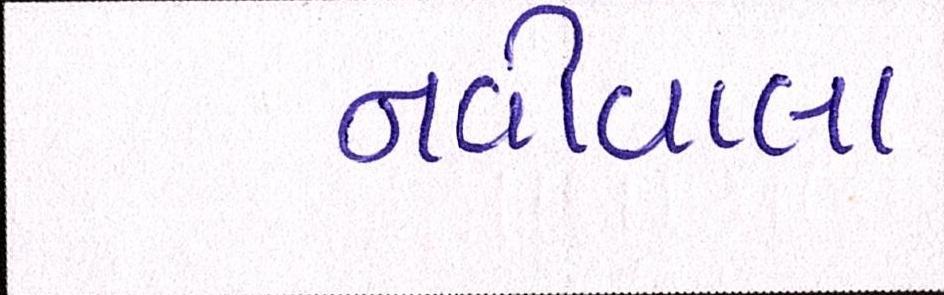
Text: નવીવાલા